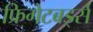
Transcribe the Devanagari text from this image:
फ्रिगेटबर्ड्स